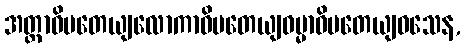
အတ္တာဓိပတေယျလောကာဓိပတေယျဓမ္မာဓိပတေယျဝသေန,